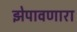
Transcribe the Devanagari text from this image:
झेपावणारा